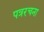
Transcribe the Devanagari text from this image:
पत्ररचना